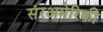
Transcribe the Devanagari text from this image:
संरअमेरिकी